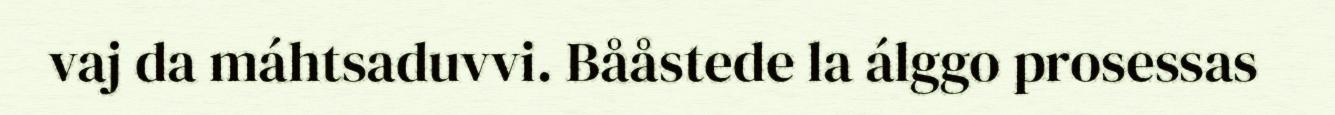
vaj da máhtsaduvvi. Bååstede la álggo prosessas